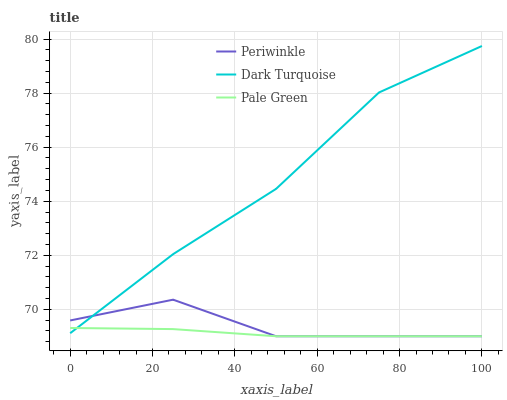
| xaxis_label | Periwinkle | Dark Turquoise | Pale Green |
 | --- | --- | --- | --- |
 | 0 | 69.6 | 69.1 | 69.3 |
 | 25 | 70.4 | 72 | 69.3 |
 | 50 | 69 | 74.5 | 69 |
 | 75 | 69 | 78 | 69 |
 | 100 | 69 | 79.7 | 69 |